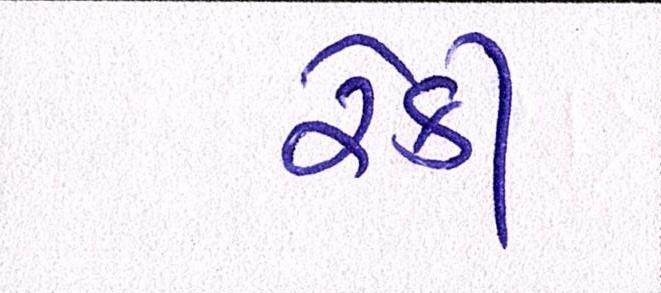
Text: રેકી